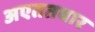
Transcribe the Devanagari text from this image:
अएततबार